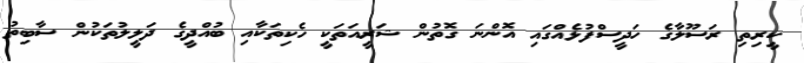
ކީރިތި ރަސޫލާގެ ހަދީސްފުޅެއްގައި އޮންނަ ގޮތުން ޝަރީއަތަކީ ހެކިތަކާއި ބުއްދީގެ ދަލީލުތަކުން ސާބިތު